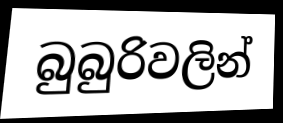
බුබුරිවලින්